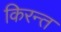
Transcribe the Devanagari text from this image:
किरन्त